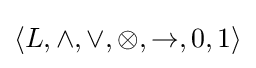
\langle L,\wedge ,\vee ,\otimes ,\rightarrow ,0,1\rangle